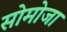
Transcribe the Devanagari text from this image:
सोमोजा